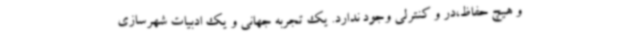
و هیچ حفاظ،در و کنترلی وجود ندارد. یک تجربه جهانی و یک ادبیات شهرسازی